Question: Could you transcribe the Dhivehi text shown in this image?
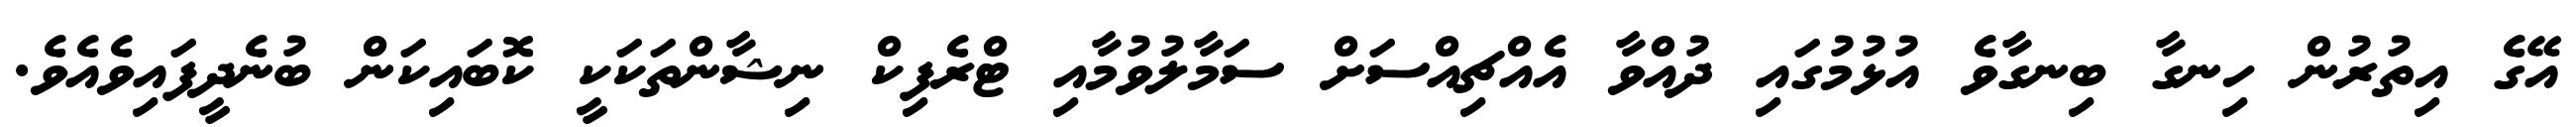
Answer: އޭގެ އިތުރުން ހިނގާ ބިނގާވެ އުޅުމުގައި ދުއްވާ އެއްޗިއްސަށް ސަމާލުވުމާއި ޓްރެފިކް ނިޝާންތަކަކީ ކޮބައިކަން ބުނެދީފައިވެއެވެ.